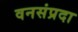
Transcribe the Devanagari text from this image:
वनसंप्रदा